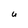
Character: u